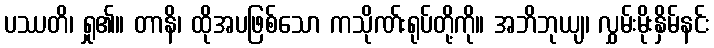
ပဿတိ၊ ရှု၏။ တာနိ၊ ထိုအပဖြစ်သော ကသိုဏ်းရုပ်တို့ကို။ အဘိဘုယျ၊ လွှမ်းမိုးနှိမ်နင်း